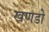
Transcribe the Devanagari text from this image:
खणडो